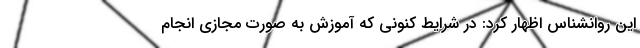
این روانشناس اظهار کرد: در شرایط کنونی که آموزش به صورت مجازی انجام